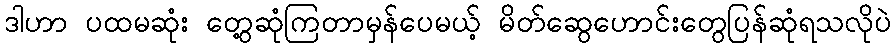
ဒါဟာ ပထမဆုံး တွေ့ဆုံကြတာမှန်ပေမယ့် မိတ်ဆွေဟောင်းတွေပြန်ဆုံရသလိုပဲ